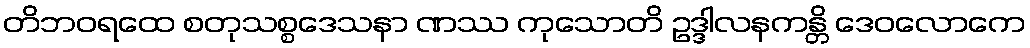
တိဘဝရထေ စတုသစ္စဒေသနာ ဏဿ ကုသောတိ ဥဒ္ဒါလနကန္တိ ဒေဝလောကေ